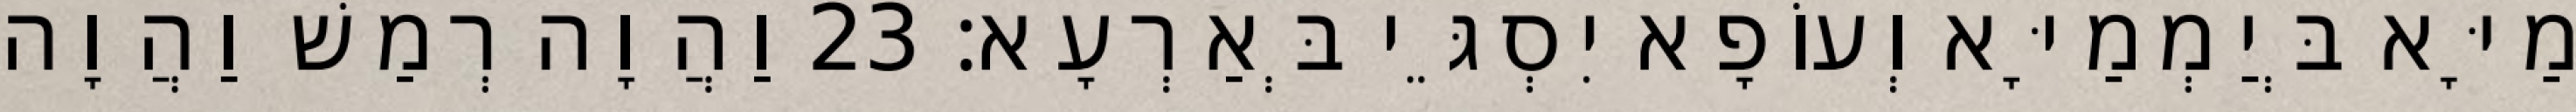
מַיָּא בְּיַמְמַיָּא וְעוֹפָא יִסְגֵּי בְּאַרְעָא׃ 23 וַהֲוָה רְמַשׁ וַהֲוָה